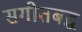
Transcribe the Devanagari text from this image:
सगीतबद्ध